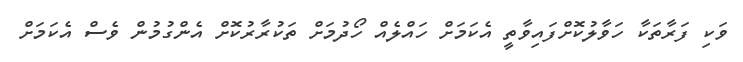
ވަކި ފަރާތަކާ ހަވާލުކޮށްފައިވާތީ އެކަމަށް ހައްލެއް ހޯދުމަށް ތަކުރާރުކޮށް އެންގުމުން ވެސް އެކަމަށް